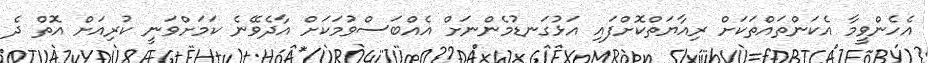
އެހެންވީމާ އެކަންތައްތަކަށް ރިއާޔަތްކޮށްފައި އަޅުގަނޑުމެންނަށް އެއްބަސްވުމަކަށް އާދެވޭނެ ކަމަށްވަނީ ކުރިއަށް އޮތް ދެ